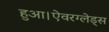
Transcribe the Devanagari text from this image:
हुआ।ऐवरग्लेड्स